Papers set at the Examination for Leaving Certificates, 1895
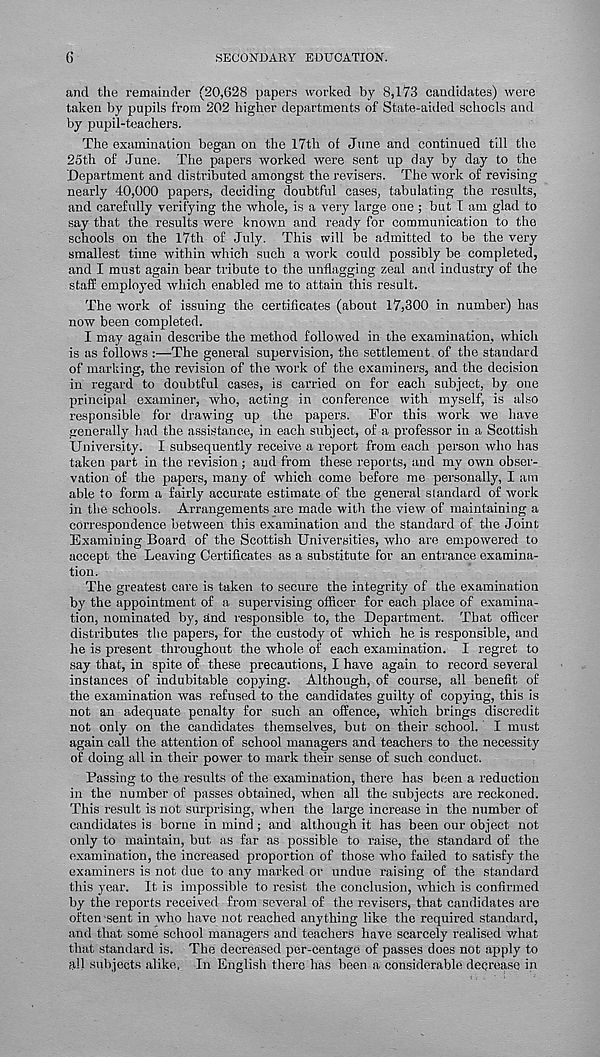
6
SECONDARY EDUCATION.
and the remainder (20,628 papers worked by 8,173 candidates) were
taken by pupils from 202 higher departments of State-aided schools and
by pupil-teachers.
The examination began on the 17th of June and continued till the
25th of June. The papers worked were sent up day by day to the
Department and distributed amongst the revisers. The work of revising
nearly 40,000 papers, deciding doubtful cases, tabulating the results,
and carefully verifying the whole, is a very large one; but I am glad to
say that the results were known and ready for communication to the
schools on the 17th of July. This will be admitted to be the very
smallest time within which such a work could possibly be completed,
and I must again bear tribute to the unflagging zeal and industry of the
staff employed which enabled me to attain this result.
The work of issuing the certificates (about 17,300 in number) has
now been completed.
I may again describe the method followed in the examination, which
is as follows :—The general supervision, the settlement of the standard
of marking, the revision of the work of the examiners, and the decision
in regard to doubtful cases, is carried on for each subject, by one
principal examiner, who, acting in conference with myself, is also
responsible for drawing up the papers. For this work we have
generally had the assistance, in each subject, of a professor in a Scottish
University. I subsequently receive a report from each person who has
taken part in the revision ; and from these reports, and my own obser-
vation of the papers, many of which come before me personally, I am
able to form a fairly accurate estimate of the general standard of work
in the schools. Arrangements are made with the view of maintaining a
correspondence between this examination and the standard of the Joint
Examining Board of the Scottish Universities, who are empowered to
accept the Leaving Certificates as a substitute for an entrance examina-
tion.
The greatest care is taken to secure the integrity of the examination
by the appointment of a supervising officer for each place of examina-
tion, nominated by, and r esponsible to, the Department. That officer
distributes the papers, for the custody of which he is responsible, and
he is present throughout the whole of each examination. I regret to
say that, in spite of these precautions, I have again to record several
instances of indubitable copying. Although, of course, all benefit of
the examination was refused to the candidates guilty of copying, this is
not an adequate penalty for such an offence, which brings discredit
not only on the candidates themselves, but on their school. I must
again call the attention of school managers and teachers to the necessity
of doing all in their power to mark their sense of such conduct.
Passing to the results of the examination, there has been a reduction
in the number of passes obtained, when all the subjects are reckoned.
This result is not surprising, when the large increase in the number of
candidates is borne in mind ; and although it has been our object not
only to maintain, but as far as possible to raise, the standard of the
examination, the increased proportion of those who failed to satisfy the
examiners is not due to any marked or undue raising of the standard
this year. It is impossible to resist the conclusion, which is confirmed
by the reports received from several of the revisers, that candidates are
often -sent in who have not reached anything like the required standard,
and that some school managers and teachers have scarcely realised what
that standard is. The decreased per-centage of passes does not apply to
all subjects alike. In English there has been a considerable decrease in